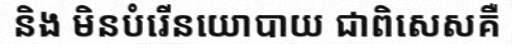
និង មិនបំរើនយោបាយ ជាពិសេសគឺ